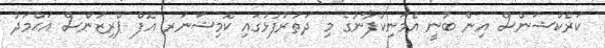
ކަރެކްޝަންސް އިން ބުނީ އެމަނިކުފާނުގެ މި ދަތުރުފުޅުގައި ކޮމިޝަނަރ އޮފް ޕްރިޒަންސް އަޙްމަދު